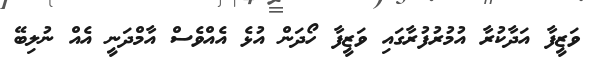
ވަޒީފާ އަދާކުރާ އުމުރުފުރާގައި ވަޒީފާ ހޯދަން އުޅެ އެއްވެސް އާމްދަނީ އެއް ނުލިބޭ